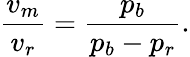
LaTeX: {\frac{v_{m}}{v_{r}}}={\frac{p_{b}}{p_{b}-p_{r}}}.